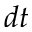
d t